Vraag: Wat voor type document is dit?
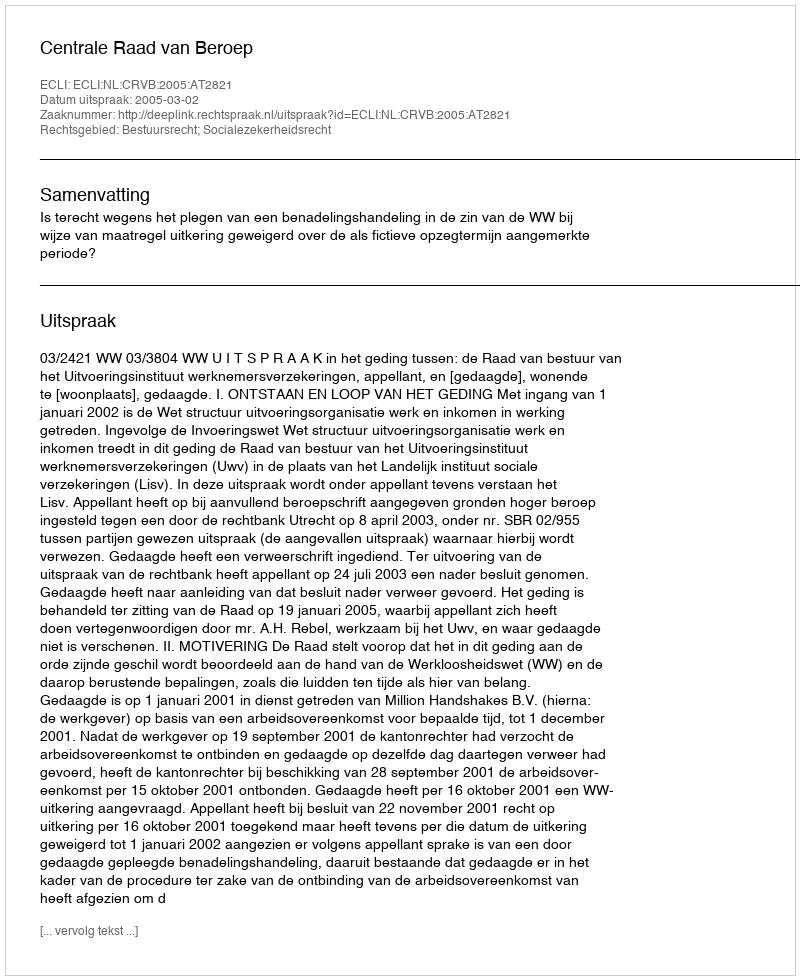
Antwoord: Uitspraak